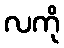
လကို